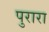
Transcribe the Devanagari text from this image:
पुरारा